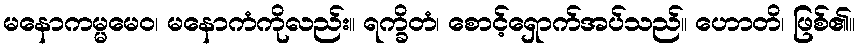
မနောကမ္မမေဝ၊ မနောကံကိုလည်း။ ရက္ခိတံ၊ စောင့်ရှောက်အပ်သည်။ ဟောတိ၊ ဖြစ်၏။